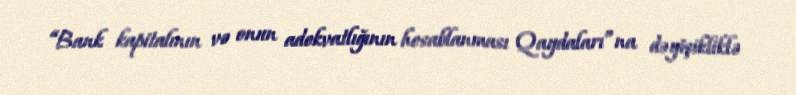
“Bank kapitalının və onun adekvatlığının hesablanması Qaydaları”na dəyişikliklə